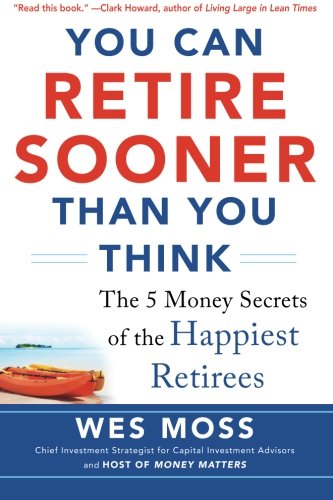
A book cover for You Can Retire Sooner Than You Think; Wes Moss; Business & Money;